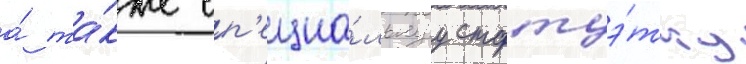
а́ та́кже сп'ециа́льнуу статуэ́тку